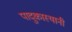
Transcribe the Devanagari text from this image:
पादुकास्थानी